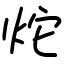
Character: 炨